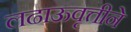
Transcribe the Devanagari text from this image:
लढाऊवृत्तीने